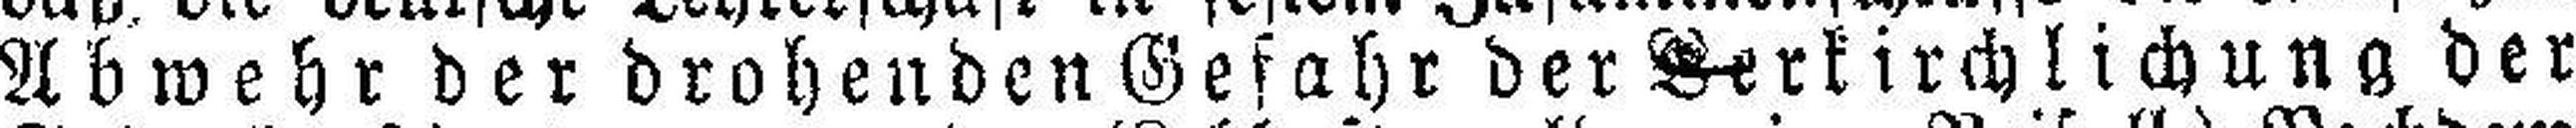
Abwehr der drohenden Gefahr der Verkirchlichung der